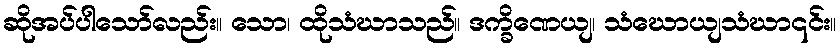
ဆိုအပ်ပါသော်လည်း။ သော၊ ထိုသံဃာသည်။ ဒက္ခိဏေယျ၊ သံဃောယျသံဃာ၎င်း။